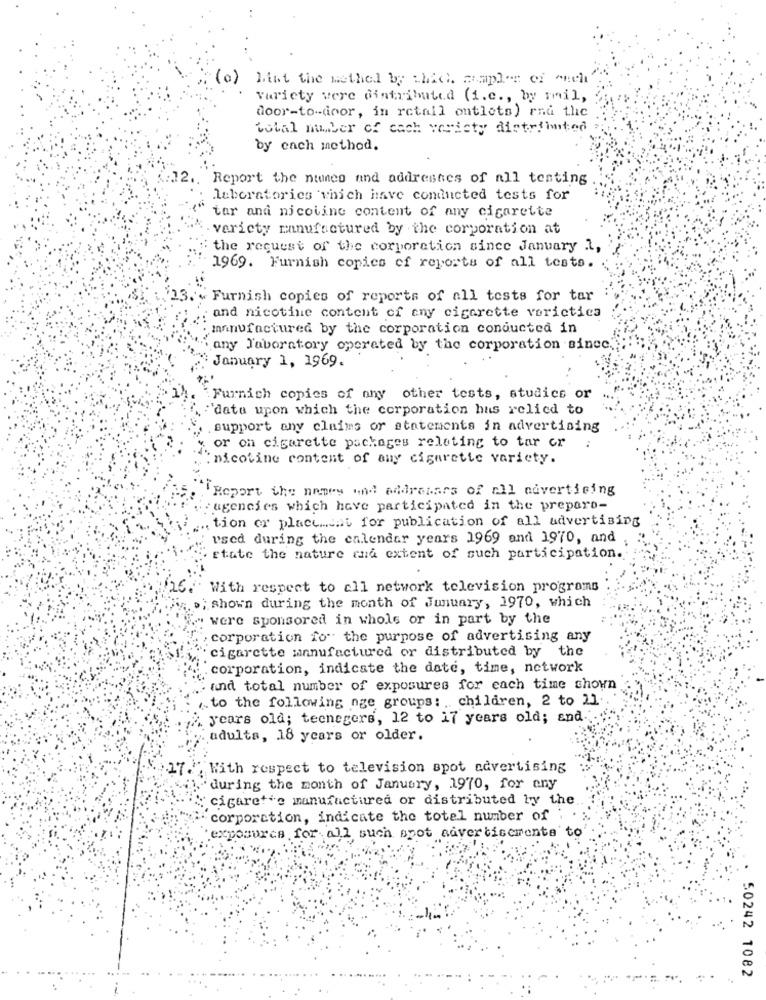
(o) Miat the method by thick maple of och
variety vere distributed (i.e ., by smil,
door-to-door, in retail outlets) rna the
total mber of cach varicty distributed
by each method.
.. Report the nines and addresses of all testing
laboratories which have conducted tests for
tar and nicotine content of any cigarette
variety manufactured by the corporation at
: the request of the corporation since January 1,
1969. Furnish copics of reports of all tests.
Furnish copies of reports of all tests for tar
, and nicotine content of cny cigarette voricties
manufactured by the corporation conducted in
any Jaboratory operated by the corporation sinec.
January 1, 1969.
Furnich copies of any other tests, studies or
`data upon which the corporation hus relied to
support any claims or statements in advertising
or on cigarette packages relating to tar or
nicotine content of any cigarette variety.
Report the names and addresars of all advertising
:agencies which have participated in the preparo-
tion or place.cat for publication of all advertising
used during the calendar years 1969 and 1970, and
state the nature rua extent of such participation.
With respect to all network television programs
>; shown during the month of Junuary, 1970, which
were sponsored in whole or in part by the
corporation for the purpose of advertising any
. cigarette manufactured or distributed by the
corporation, indicate the date, time, network
and total number of exposures for each time chown
... to the following nge groups: , children, 2 to 21.
years old; tecnegers, 12 to 17 years old; and.
adults, 18 years or older.
27.
With respect to television spot advertising
'during the month of January, 1970, for any
cigarette manufactured or distributed by the
corporation, indicate the total number of
exposures for all such spot advertisements to
50242 1082